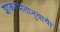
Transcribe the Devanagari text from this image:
शांकरमतानुयायी